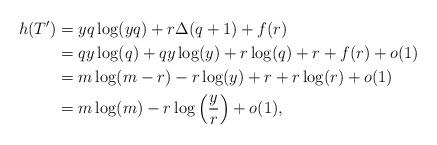
LaTeX: \begin{align*} h(T')&=yq \log(yq) + r \Delta(q+1) +f(r)\\ &=qy \log(q)+ qy\log(y)+r \log(q) +r+f(r) +o(1) \\ &= m\log(m-r)-r \log(y) +r+r \log(r) +o(1)\\ &= m\log(m)-r\log\left( \frac yr \right)+o(1), \end{align*}